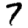
Digit: 7